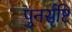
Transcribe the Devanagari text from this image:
पुनर्सृष्टि